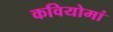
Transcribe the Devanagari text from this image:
कवियोमां